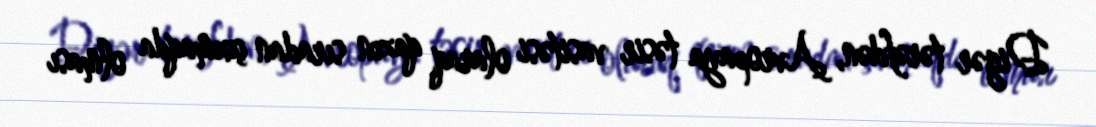
Digər tərəfdən, Avropaya təsir vasitəsi olaraq qazın sıradan çıxmaqda olması